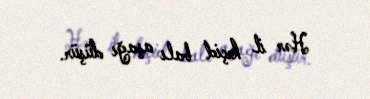
Hər il keçid balı aşağı düşür.